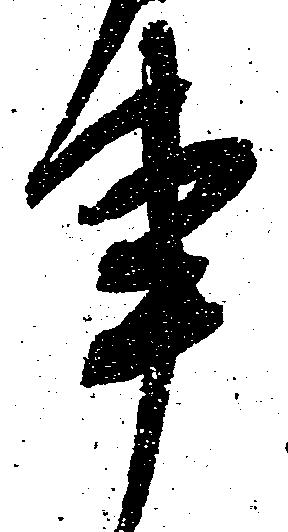
事